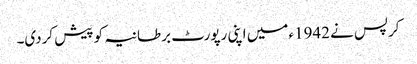
کرپس نے 1942ء میں اپنی رپورٹ برطانیہ کو پیش کردی۔